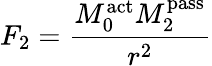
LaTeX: F_{2}={\frac{M_{0}^{\mathrm{act}}M_{2}^{\mathrm{pass}}}{r^{2}}}